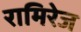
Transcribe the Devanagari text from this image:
रामिरेज